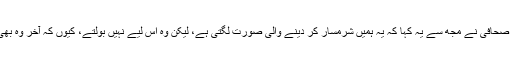
لگ بھگ ہر بڑے صحافی نے مجھ سے یہ کہا کہ یہ ہمیں شرمسار کر دینے والی صورت لگتی ہے، لیکن وہ اس لیے نہیں بولتے، کیوں کہ آخر وہ بھی ایک صحافی ہیں۔